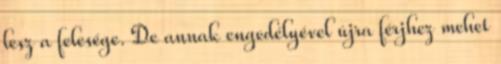
lesz a felesége. De annak engedélyével újra férjhez mehet